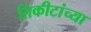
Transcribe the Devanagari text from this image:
तिकीटांच्या